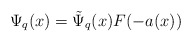
\begin{align*}\Psi _{q}(x)= \tilde{\Psi} _{q}(x)F(-a(x))\end{align*}